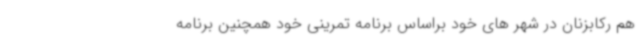
هم رکابزنان در شهر های خود براساس برنامه تمرینی خود همچنین برنامه